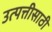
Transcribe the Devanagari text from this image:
उत्पत्तीसाठी